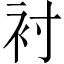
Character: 衬